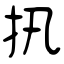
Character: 扟